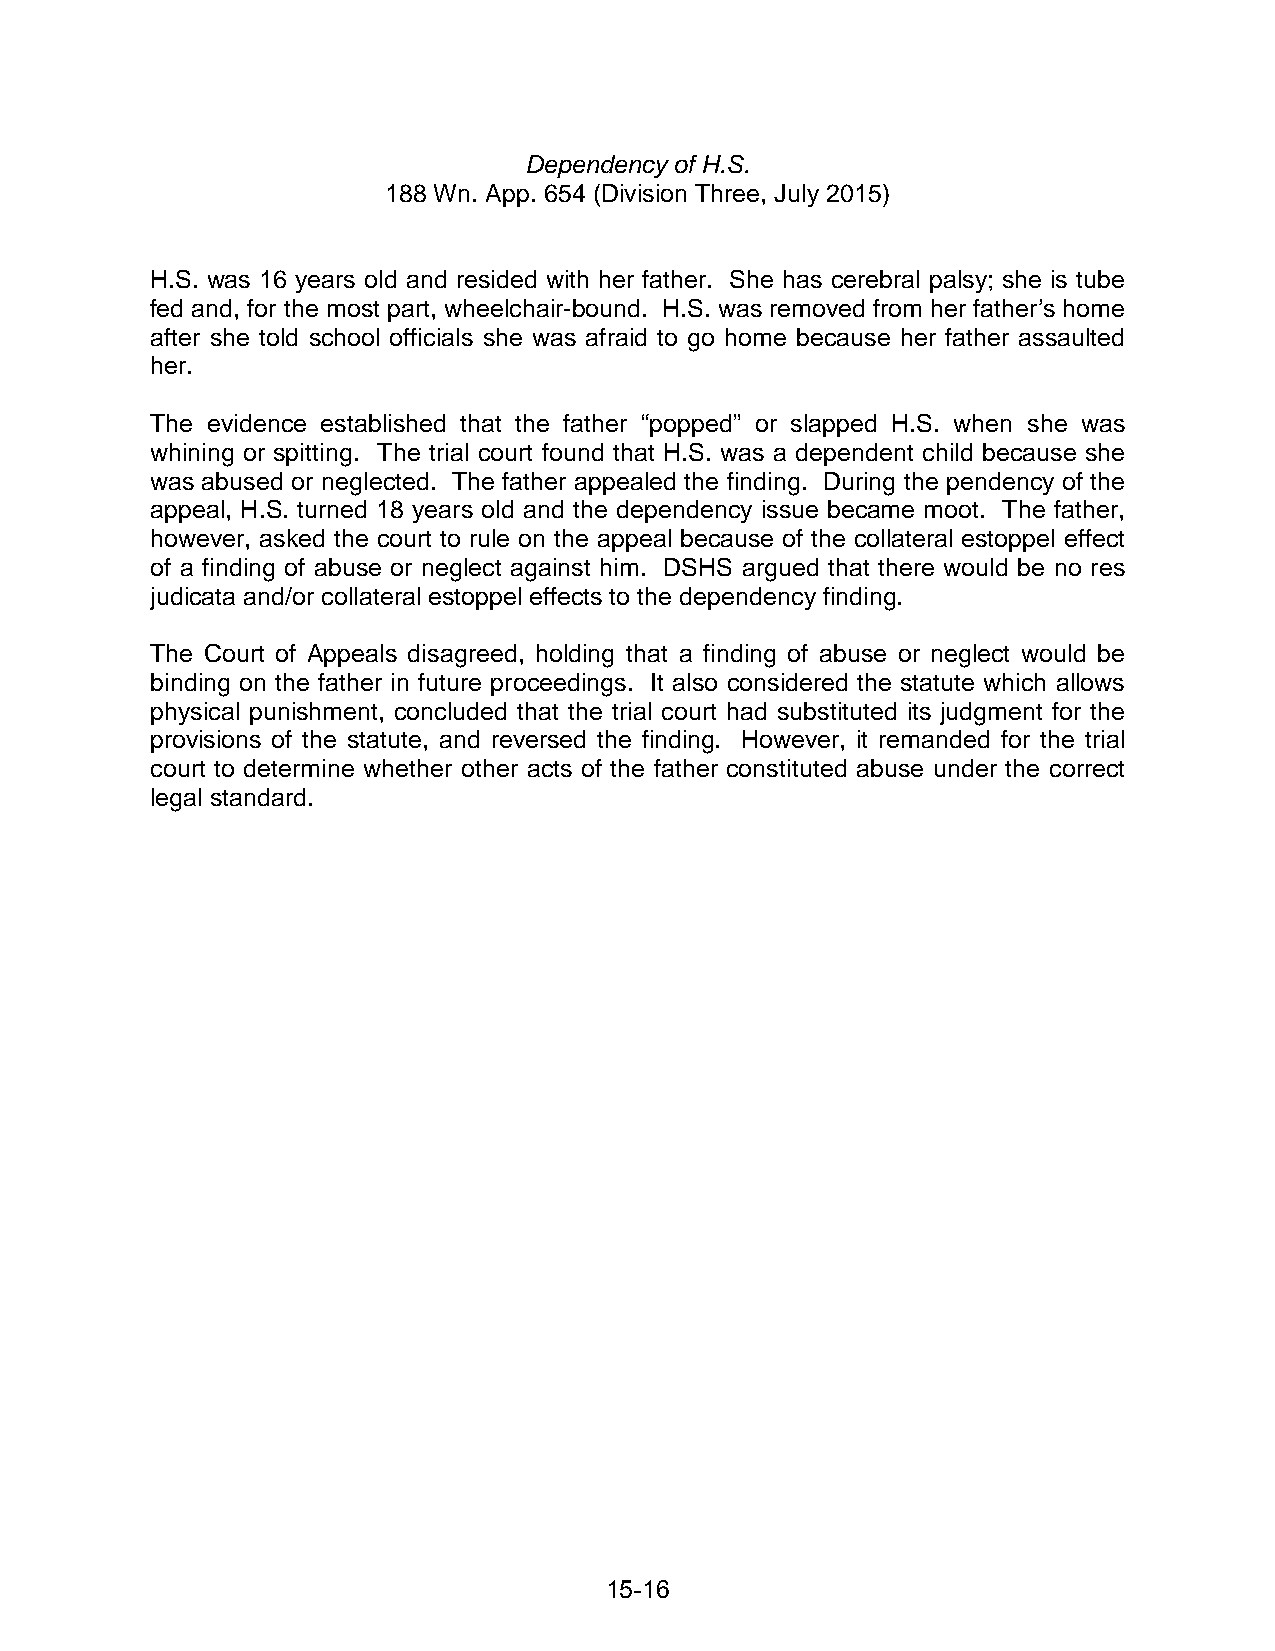
Dependency of H.S.
 188 Wn. App. 654 (Division Three, July 2015)
 H.S. was 16 years old and resided with her father. She has cerebral palsy; she is tube
 fed and, for the most part, wheelchair-bound. H.S. was removed from her father’s home
 after she told school officials she was afraid to go home because her father assaulted
 her.
 The evidence established that the father “popped” or slapped H.S. when she was
 whining or spitting. The trial court found that H.S. was a dependent child because she
 was abused or neglected. The father appealed the finding. During the pendency of the
 appeal, H.S. turned 18 years old and the dependency issue became moot. The father,
 however, asked the court to rule on the appeal because of the collateral estoppel effect
 of a finding of abuse or neglect against him. DSHS argued that there would be no res
 judicata and/or collateral estoppel effects to the dependency finding.
 The Court of Appeals disagreed, holding that a finding of abuse or neglect would be
 binding on the father in future proceedings. It also considered the statute which allows
 physical punishment, concluded that the trial court had substituted its judgment for the
 provisions of the statute, and reversed the finding. However, it remanded for the trial
 court to determine whether other acts of the father constituted abuse under the correct
 legal standard.
 15-16